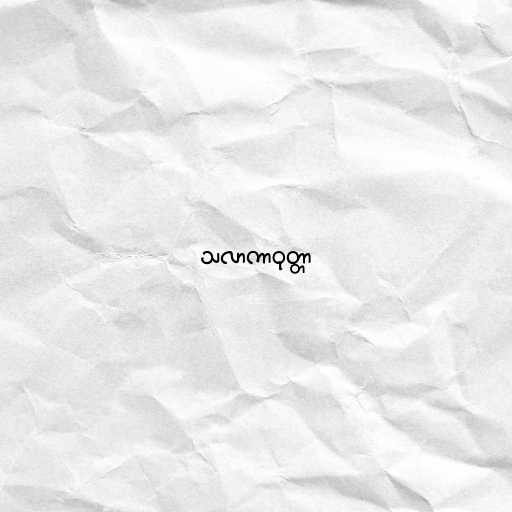
သလာကာဝုတ္တာ